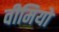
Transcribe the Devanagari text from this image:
वीमियो